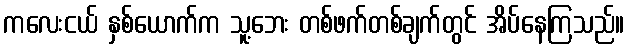
ကလေးငယ် နှစ်ယောက်က သူ့ဘေး တစ်ဖက်တစ်ချက်တွင် အိပ်နေကြသည်။